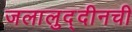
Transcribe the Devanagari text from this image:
जलालुद्दीनची